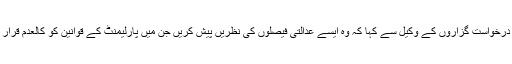
انھوں نے درخواست گزاروں کے وکیل سے کہا کہ وہ ایسے عدالتی فیصلوں کی نظریں پیش کریں جن میں پارلیمنٹ کے قوانین کو کالعدم قرار دیا گیا ہو۔